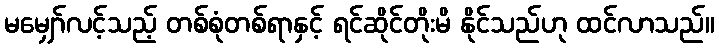
မမျှော်လင့်သည့် တစ်စုံတစ်ရာနှင့် ရင်ဆိုင်တိုးမိ နိုင်သည်ဟု ထင်လာသည်။